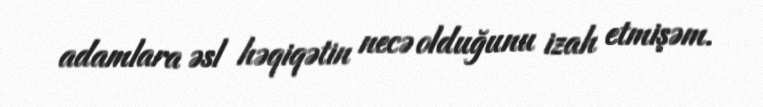
adamlara əsl həqiqətin necə olduğunu izah etmişəm.